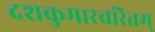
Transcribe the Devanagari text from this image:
दशकुमारचरितम्